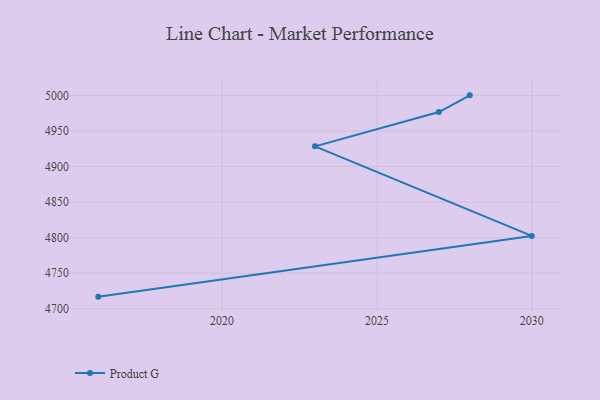
{"axis": {"x": "Year", "y": "Conversion Rate (%)"}, "legend": ["Product G"], "data": [{"x": "2016", "y": 4717.0, "type": "Product G"}, {"x": "2030", "y": 4802.4, "type": "Product G"}, {"x": "2023", "y": 4928.3, "type": "Product G"}, {"x": "2027", "y": 4976.5, "type": "Product G"}, {"x": "2028", "y": 5000, "type": "Product G"}]}